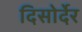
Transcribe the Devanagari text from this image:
दिसोर्देर